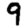
Digit: 9